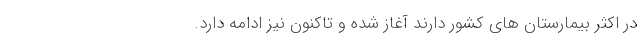
در اکثر بیمارستان های کشور دارند آغاز شده و تاکنون نیز ادامه دارد.